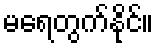
မရေတွက်နိုင်။